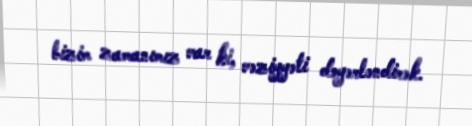
bizim zamanımız var ki, vəziyyəti dəyərləndirək.